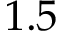
1 . 5